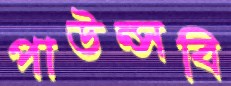
পাউন্সবি